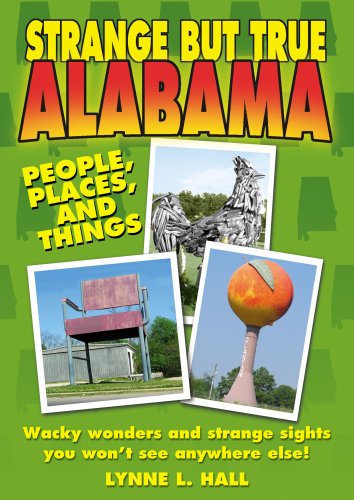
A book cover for Strange But True Alabama; Lynne L. Hall; Travel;